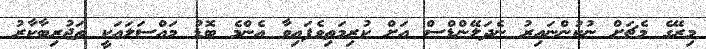
މިރޭގެ މެޗަށް ނުކުންނައިރު ނެދަލޭންޑްސް އަށް ކުރިމަތިވެފައިވާ އެންމެ ބޮޑު މައްސަލައަކީ ތަޖުރިބާކާރު